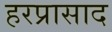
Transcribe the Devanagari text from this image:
हरप्रासाद